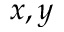
x , y